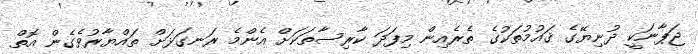
ޖަޕާނަކީ ދުނިޔޭގެ ޤައުމުތަކުގެ ތެރެއިން މިފަދަ ކާރިސާތަކަށް އެންމެ ރަނގަޅަށް ތައްޔާރުވެގެން އޮތް